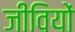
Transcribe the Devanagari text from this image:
जीवियों